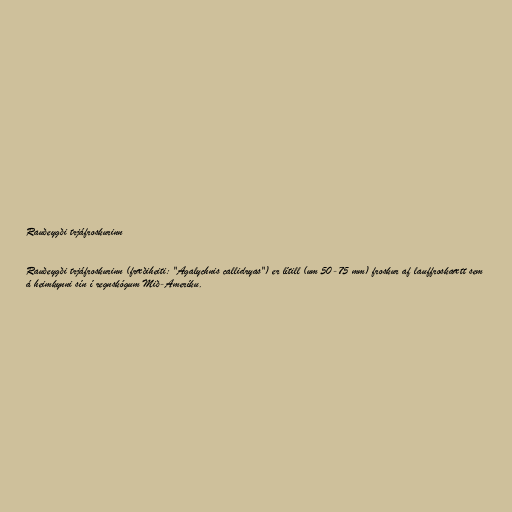
Rauðeygði trjáfroskurinn

Rauðeygði trjáfroskurinn (fræðiheiti: "Agalychnis callidryas") er lítill (um 50-75 mm) froskur af lauffroskaætt sem
á heimkynni sín í regnskógum Mið-Ameríku.